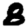
Digit: 8